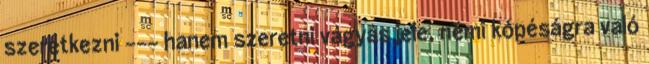
szeretkezni --- hanem szeretni vágyás jele, némi kópéságra való